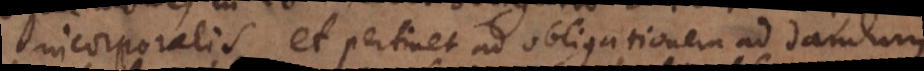
incorporalis et pertinet ad obligationem ad dandum.